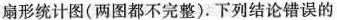
扇形统计图(两图都不完整)。下列结论错误的